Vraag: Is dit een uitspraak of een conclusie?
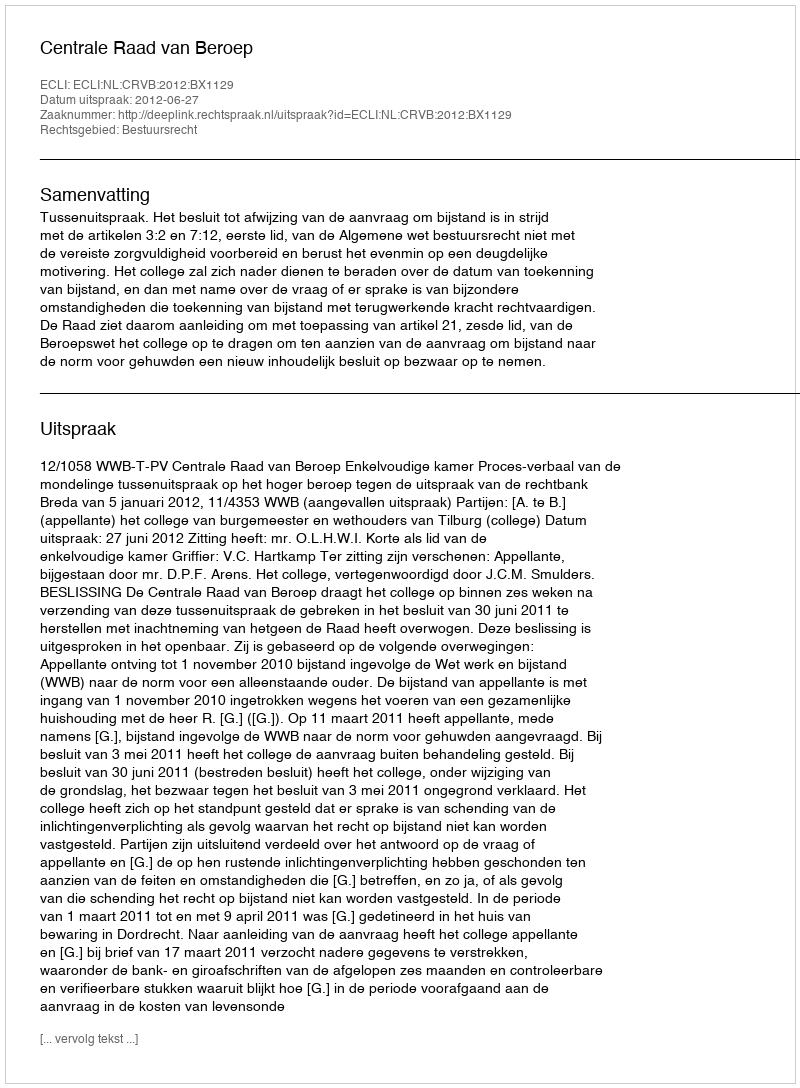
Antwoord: Uitspraak